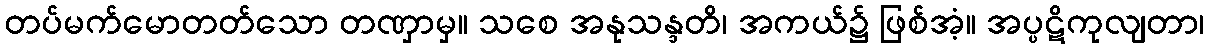
တပ်မက်မောတတ်သော တဏှာမှ။ သစေ အနုသန္ဒတိ၊ အကယ်၌ ဖြစ်အံ့။ အပ္ပဋိကုလျတာ၊